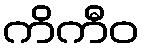
ကိကီဝ